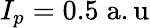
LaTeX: I_{p}=0.5\mathrm{\; a.u}